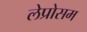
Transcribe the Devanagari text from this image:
लेप्रोसम